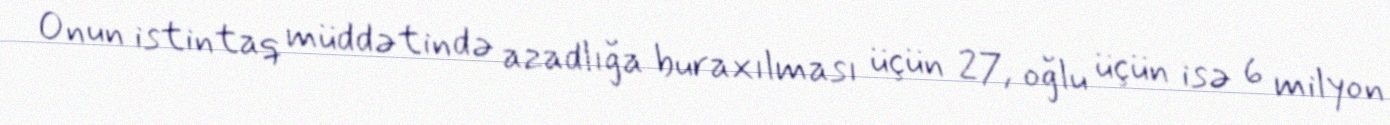
Onun istintaq müddətində azadlığa buraxılması üçün 27, oğlu üçün isə 6 milyon